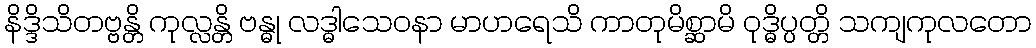
နိဒ္ဒိသိတဗ္ဗန္တိ ကုလ္လန္တိ ဗန္ဓု လဒ္ဓါသေဝနာ မာဟရေသိ ကာတုမိစ္ဆာမိ ဝုဒ္ဓိပ္ပတ္တိ သကျကုလတော